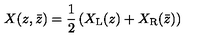
X ( z , \bar { z } ) = \frac { 1 } { 2 } \left( X _ { \mathrm { L } } ( z ) + X _ { \mathrm { R } } ( \bar { z } ) \right)